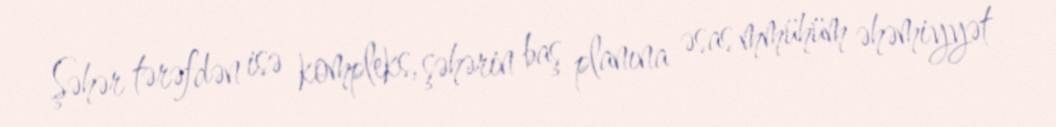
Şəhər tərəfdən isə kompleks, şəhərin baş planına əsas mmühüm əhəmiyyət